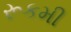
રૂકમી